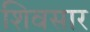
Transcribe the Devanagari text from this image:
शिवसार